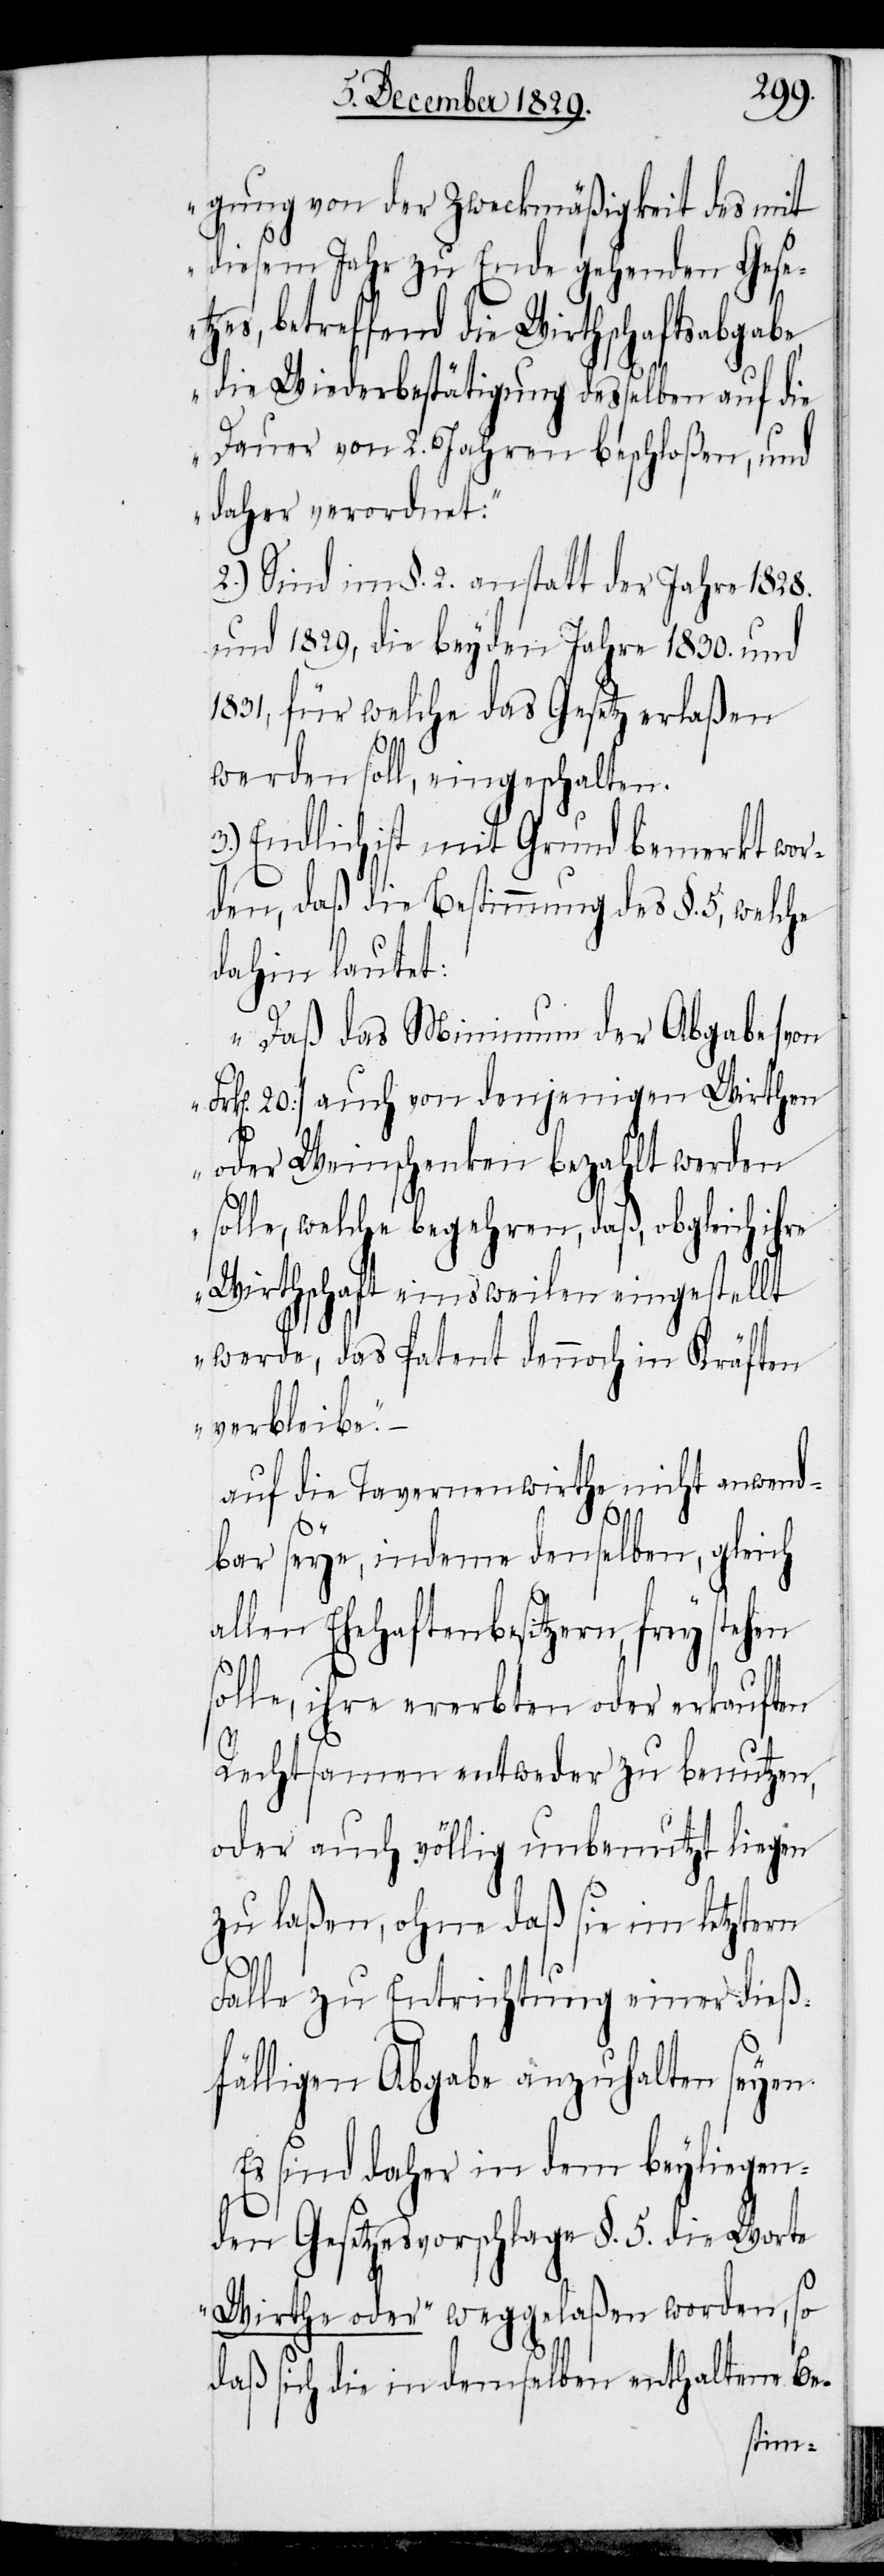
gung von der Zweckmäßigkeit des mit
diesem Jahr zu Ende gehenden Gese¬
tzes, betreffend die Wirthschaftsabgabe,
die Wiederbestätigung desselben auf die
Dauer von 2. Jahren beschloßen, und
daher verordnet:“
2.) Sind im §. 2. anstatt der Jahre 1828.
und 1829, die beyden Jahre 1830. und
1831, für welche das Gesetz erlaßen
werden soll, eingeschalten.
3.) Endlich ist mit Grund bemerkt wor¬
den, daß die Bestimmung des §. 5, welche
dahin lautet:
„Daß das Minimum der Abgabe [von
rk[en]. 20] auch von denjenigen Wirthen
oder Weinschenken bezahlt werden
solle, welche begehren, daß obgleich ihre
Wirthschaft einsweilen eingestellt
werde, das Patent dennoch in Kräften
verbleibe.“
auf die Tavernenwirthe nicht anwend¬
bar seye, indeme denselben, gleich
allen Ehehaftenbesitzern, frey stehen
olle, ihre ererbten oder erkauften
Rechtsamen entweder zu benutzen,
oder auch völlig unbenutzt liegen
zu laßen, ohne daß sie im letztern
s¬
Falle zu Entrichtung einer dieß¬
fälligen Abgabe anzuhalten seyen.
Es sind daher in dem beyliegen¬
den Gesetzesvorschlage §. 5. die Worte
„Wirthe oder“ weggelaßen worden, so
daß sich die in demselben enthaltene Be-